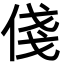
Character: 俴